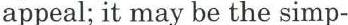
appeal; it may be the simp-